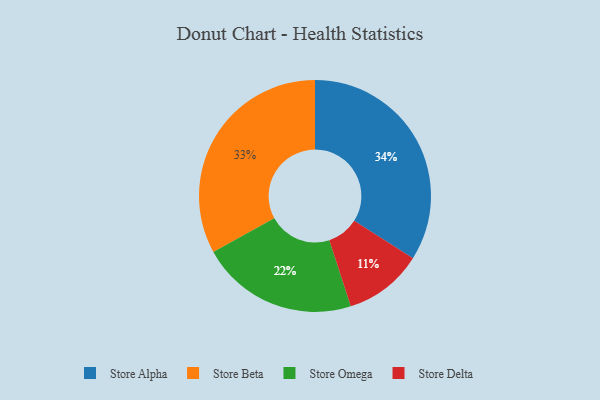
{"axis": {"x": "Category", "y": "Percentage"}, "legend": ["Store Alpha", "Store Beta", "Store Delta", "Store Omega"], "data": [{"x": "Store Omega", "y": 22, "type": "Store Omega"}, {"x": "Store Alpha", "y": 34, "type": "Store Alpha"}, {"x": "Store Beta", "y": 33, "type": "Store Beta"}, {"x": "Store Delta", "y": 11, "type": "Store Delta"}]}